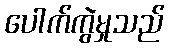
ပေါက်ကွဲမှုသည်